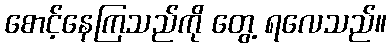
စောင့်နေကြသည်ကို တွေ့ ရလေသည်။